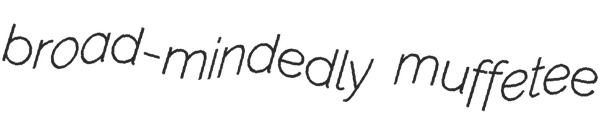
broad-mindedly muffetee